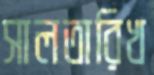
সালতারিখ